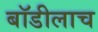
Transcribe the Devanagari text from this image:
बॉडीलाच